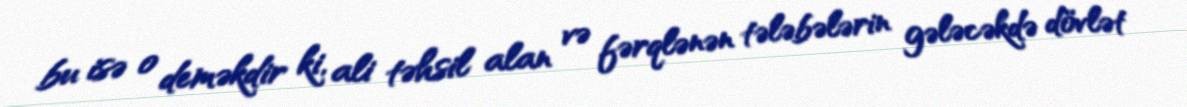
bu isə o deməkdir ki, ali təhsil alan və fərqlənən tələbələrin gələcəkdə dövlət